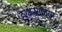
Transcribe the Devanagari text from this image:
हरभर्‍याच्या